Report of the King Institute of Preventive Medicine, Guindy
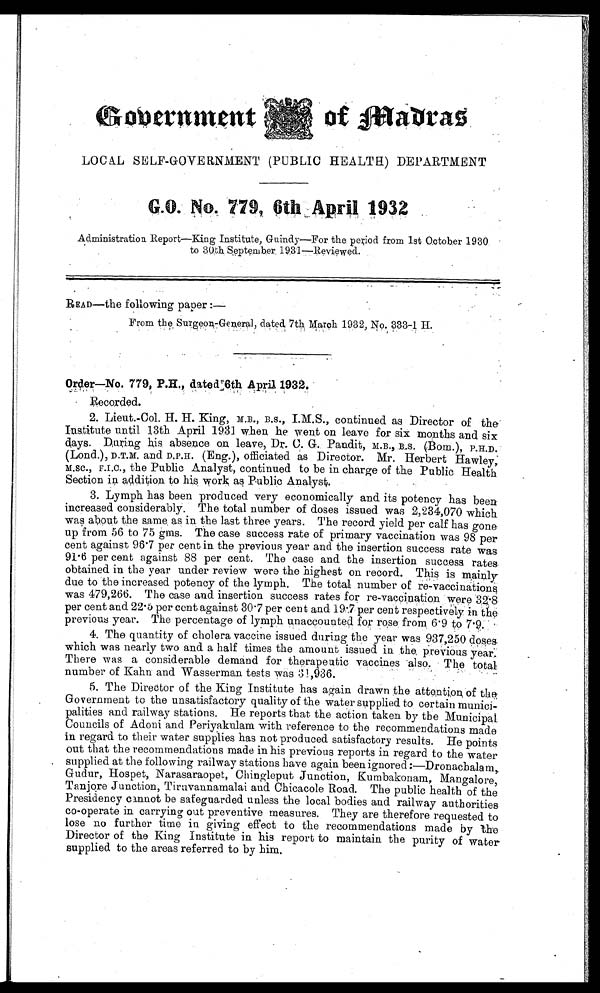
Government
LOCAL SELF-GOVERNMENT (PUBLIC HEALTH) DEPARTMENT
G . O . N o . 7 7 9 , 6 t h A p r i l 1 9 3 2
Administration Report—King Institute, Guindy—For the period from 1st October 1930
to 30th September
1931—Reviewed.
READ—the following paper :—
From the Surgeon-General, dated 7th March 1932, No.,333-1 H.
Order—No. 779, P.H., dated 6th April 1932.
R e c o r d e d .
2. Li eut . -Col . H. H. Ki ng, M. B. , B. S. , I. M. S. , cont i nued as Di rect or of t he
Institute until 13th April 1931 when he went on leave for six months and six
days. Duri ng hi s absence on l eave, Dr. C. G. Pandi t , M. B. , B. S. (Bom. ), P. H. D.
(Lond.), D.T.M. and D.P.H. (Eng.), o f f i c i a t e d a s D i r e c t o r . M r . H e r b e r t H a w l e y ,
M . S C . , F . I . C . , t h e P u b l i c A n a l y s t , c o n t i n u e d t o b e i n c h a r g e o f t h e P u b l i c H e a l t h
Section in addition to his wor
k
as Public Analyst.
3. Lymph has been produced very economically and its potency has been
increased considerably. The total number of doses issued was 2,234,070 which
was about the same as in the last three years. The record yield per calf has gone
up from 56 to 75 gms. The case success rate of primary vaccination was 98 per
cent against 96.7 per cent in the previous year and the insertion success rate was
91.6 per cent against 88 per cent. The case and the insertion success rates
obtained in the year under review were the highest on record. This is mainly
due to the increased potency of the lymph. The total number of re-vaccinations
was 479,266. The case and insertion success rates for re-vaccination were 32.8
per cent and 22.5 per cent against 30.7 per cent and 19.7 per cent respectively in the
previous year. The percentage of lymph unaccounted for rose from 6.9 to 7.9.
4. The quantity of cholera vaccine issued during the year was 937,250 doses
which was nearly two and a half times the amount issued in the previous year
. T h e r e w a s a c o n s i d e r a b l e d e m a n d f o r t h e r a p e u t i c v a c c i n e s a l s o . T h e t o t a l
number of Kahn and Wasserman tests was 31,936.
5. The Director of the King Institute has again drawn the attention of the
Government to the unsatisfactory quality of the water supplied to certain munici
-palities and railway stations. He reports that the action taken by the Municipal.
Councils of Adoni and Periyakulam with reference to the recommendations made
in regard to their water supplies has not produced satisfactory results. He points
out that the recommendations made in his previous reports in regard to the water
supplied at the following railway stations have again been ignored:—Dronachalam,
Gudur, Hospet, Narasaraopet, Chingleput Junction, Kumbakonam, Mangalore,
Tanjore Junction, Tiruvannamalai and Chicacole Road. The public health of the
Presidency cannot be safeguarded unless the local bodies and railway authorities
co-operate in carrying out preventive measures. They are therefore requested to
lose no further time in giving effect to the recommendations made by the
Director of the King Institute in his report to maintain the purity of water
supplied to the areas referred to by him.